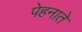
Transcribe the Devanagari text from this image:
पेहनाते